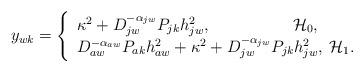
LaTeX: \begin{align*}{y_{wk}} = \left\{ {\begin{array}{*{20}{l}}{{\kappa ^2} + D_{jw}^{ - {\alpha _{jw}}}{P_{jk}}h_{jw}^2}, \quad\qquad\qquad\mathcal{H}_0, \\ {D_{aw}^{ - {\alpha _{aw}}}{P_{ak}}h_{aw}^2 + {\kappa ^2} + D_{jw}^{ - {\alpha _{jw}}}{P_{jk}}h_{jw}^2}, \: \mathcal{H}_1.\end{array}} \right.\end{align*}